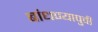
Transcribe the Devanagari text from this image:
बांधण्यापुर्वी